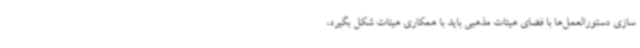
سازی دستورالعمل‌ها با فضای هیئات مذهبی باید با همکاری هیئات شکل بگیرد،